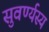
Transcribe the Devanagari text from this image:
सुवर्ण्यस्य